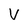
Character: v